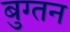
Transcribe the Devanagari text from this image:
बुग्तन